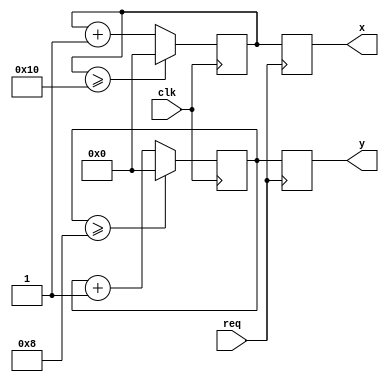
module randomizer (
	input clk,
	input req,
	output reg [3:0] x,
	output reg [3:0] y
);

parameter rangeX = 16;
parameter rangeY = 8;

reg [3:0] countX;
reg [3:0] countY;

always @(posedge clk) begin
	countX <= countX + 1;
	countY <= countY + 1;
	if (countX >= rangeX)
		countX <= 0;
	if (countY >= rangeY)
		countY <= 0;
end

always @(posedge req) begin
	x <= countX;
	y <= countY;
end

endmodule